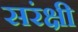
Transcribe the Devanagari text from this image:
सरंक्षी